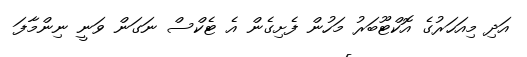
އަދި މިއަހަރުގެ އޮކްޓޫބަރު މަހުން ފެށިގެން އެ ޓެކްސް ނަގަން ވަނީ ނިންމާފަ